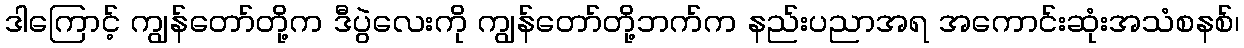
ဒါကြောင့် ကျွန်တော်တို့က ဒီပွဲလေးကို ကျွန်တော်တို့ဘက်က နည်းပညာအရ အကောင်းဆုံးအသံစနစ်၊